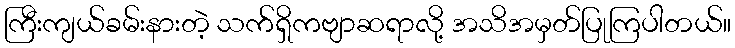
ကြီးကျယ်ခမ်းနားတဲ့ သက်ရှိကဗျာဆရာလို့ အသိအမှတ်ပြုကြပါတယ်။